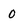
Character: 0